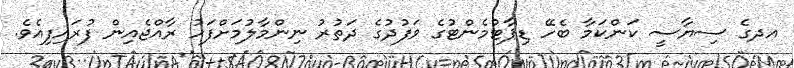
އދގެ ސިޔާސީ ކަންކަމާ ބެހޭ ޑިޕާޓުމެންޓުގެ ވަފުދުގެ ދަތުރު ނިންމާލުމަށްފަހު ރާއްޖެއިން ފުރައިފިއެވެ.